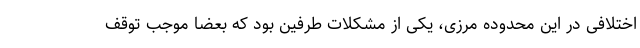
اختلافی در این محدوده مرزی، یکی از مشکلات طرفین بود که بعضا موجب توقف